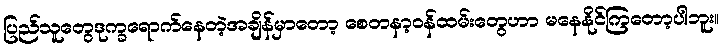
ပြည်သူတွေဒုက္ခရောက်နေတဲ့အချိန်မှာတော့ စေတနာ့ဝန်ထမ်းတွေဟာ မနေနိုင်ကြတော့ပါဘူး။